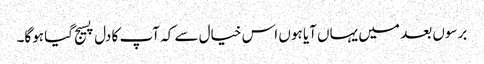
برسوں بعد میں یہاں آیا ہوں اس خیال سے کہ آپ کا دل پسیج گیا ہوگا۔